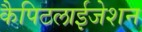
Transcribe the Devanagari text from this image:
कैपिटलाईजेशन